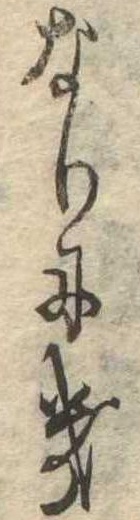
なりにき